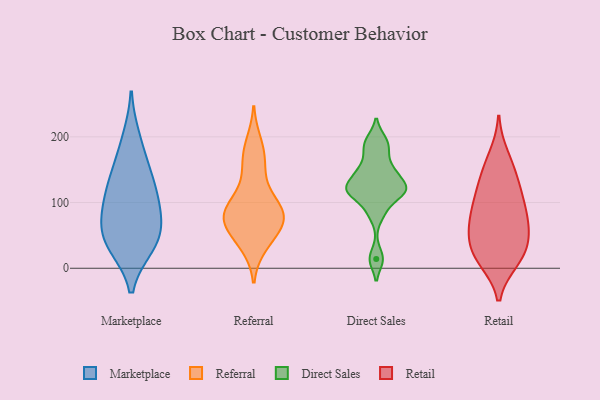
{"axis": {"x": "Conversion Rate (%)", "y": "Value"}, "legend": ["Direct Sales", "Marketplace", "Referral", "Retail"], "data": [{"x": "", "y": 122, "type": "Marketplace"}, {"x": "", "y": 39, "type": "Marketplace"}, {"x": "", "y": 34, "type": "Marketplace"}, {"x": "", "y": 159, "type": "Marketplace"}, {"x": "", "y": 66, "type": "Marketplace"}, {"x": "", "y": 97, "type": "Marketplace"}, {"x": "", "y": 198, "type": "Marketplace"}, {"x": "", "y": 97, "type": "Marketplace"}, {"x": "", "y": 65, "type": "Marketplace"}, {"x": "", "y": 136, "type": "Marketplace"}, {"x": "", "y": 36, "type": "Marketplace"}, {"x": "", "y": 127, "type": "Referral"}, {"x": "", "y": 84, "type": "Referral"}, {"x": "", "y": 66, "type": "Referral"}, {"x": "", "y": 81, "type": "Referral"}, {"x": "", "y": 41, "type": "Referral"}, {"x": "", "y": 90, "type": "Referral"}, {"x": "", "y": 35, "type": "Referral"}, {"x": "", "y": 66, "type": "Referral"}, {"x": "", "y": 89, "type": "Referral"}, {"x": "", "y": 190, "type": "Referral"}, {"x": "", "y": 156, "type": "Referral"}, {"x": "", "y": 172, "type": "Referral"}, {"x": "", "y": 93, "type": "Referral"}, {"x": "", "y": 68, "type": "Referral"}, {"x": "", "y": 118, "type": "Direct Sales"}, {"x": "", "y": 149, "type": "Direct Sales"}, {"x": "", "y": 116, "type": "Direct Sales"}, {"x": "", "y": 85, "type": "Direct Sales"}, {"x": "", "y": 125, "type": "Direct Sales"}, {"x": "", "y": 14, "type": "Direct Sales"}, {"x": "", "y": 195, "type": "Direct Sales"}, {"x": "", "y": 178, "type": "Direct Sales"}, {"x": "", "y": 145, "type": "Direct Sales"}, {"x": "", "y": 116, "type": "Direct Sales"}, {"x": "", "y": 134, "type": "Retail"}, {"x": "", "y": 95, "type": "Retail"}, {"x": "", "y": 12, "type": "Retail"}, {"x": "", "y": 112, "type": "Retail"}, {"x": "", "y": 72, "type": "Retail"}, {"x": "", "y": 20, "type": "Retail"}, {"x": "", "y": 171, "type": "Retail"}, {"x": "", "y": 94, "type": "Retail"}, {"x": "", "y": 57, "type": "Retail"}, {"x": "", "y": 40, "type": "Retail"}, {"x": "", "y": 17, "type": "Retail"}, {"x": "", "y": 58, "type": "Retail"}, {"x": "", "y": 130, "type": "Retail"}, {"x": "", "y": 83, "type": "Retail"}, {"x": "", "y": 47, "type": "Retail"}, {"x": "", "y": 156, "type": "Retail"}, {"x": "", "y": 14, "type": "Retail"}]}